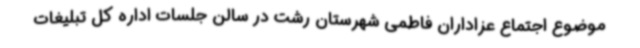
موضوع اجتماع عزاداران فاطمی شهرستان رشت در سالن جلسات اداره کل تبلیغات